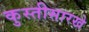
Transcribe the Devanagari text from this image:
कुस्तीसारखे